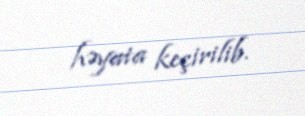
həyata keçirilib.